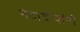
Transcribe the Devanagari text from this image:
नंदादीपांनी